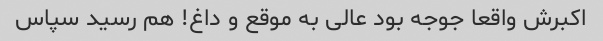
اکبرش واقعا جوجه بود عالی به موقع و داغ! هم رسید سپاس